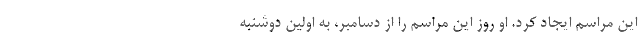
این مراسم ایجاد کرد. او روز این مراسم را از دسامبر، به اولین دوشنبه